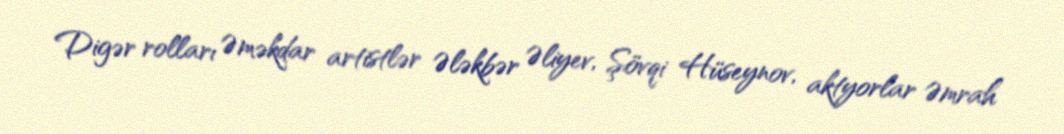
Digər rolları Əməkdar artistlər Ələkbər Əliyev, Şövqi Hüseynov, aktyorlar Əmrah